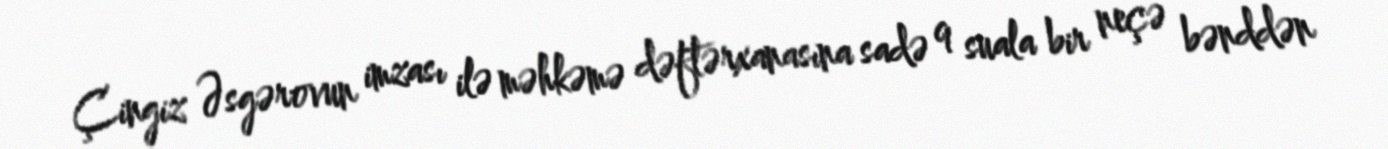
Çingiz Əsgərovun imzası ilə məhkəmə dəftərxanasına sadə 9 suala bir neçə bənddən